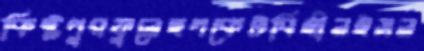
কিষ্টপুরফুলেছপকেটবিহীনইসল